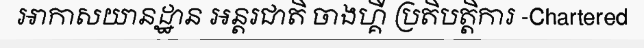
អាកាសយានដ្ឋាន អន្តរជាតិ ចាងហ្គី ប្រតិបត្តិការ -Chartered